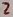
Text: 2